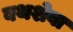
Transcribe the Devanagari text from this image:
बथशेबा